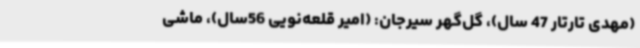
(مهدی تارتار 47 سال)، گل‌گهر سیرجان: (امیر قلعه‌نویی 56سال)، ماشی